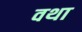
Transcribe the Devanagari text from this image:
वथा